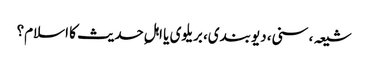
شیعہ، سنی، دیوبندی، بریلوی یا اہلِ حدیث کا اسلام؟